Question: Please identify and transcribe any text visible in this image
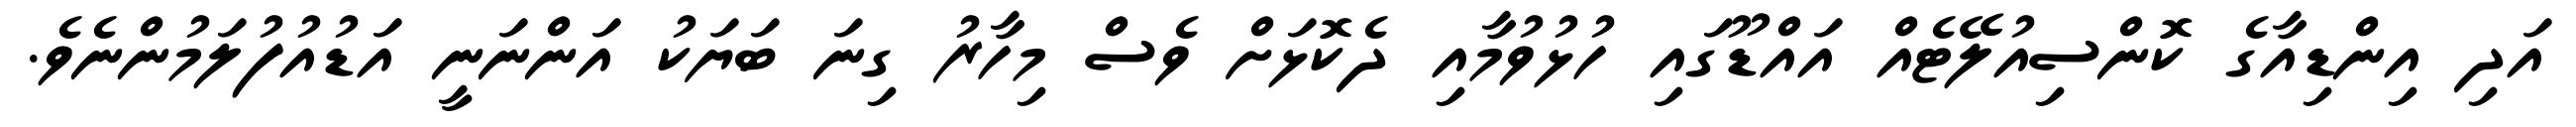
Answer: އަދި އިންޑިއާގެ ކޮންސިއުލޭޓެއް އައްޑޫގައި ހުޅުވުމާއި ދެކޮޅަށް ވެސް މިހާރު ގިނަ ބަޔަކު އަންނަނީ އަޑުއުފުލަމުންނެވެ.